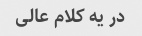
در یه کلام عالی